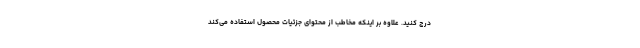
درج کنید. علاوه بر اینکه مخاطب از محتوای جزئیات محصول استفاده می‌کند